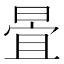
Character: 𣈍